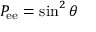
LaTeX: P _ { \mathrm { e e } } = \sin ^ { 2 } \theta